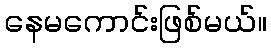
နေမကောင်းဖြစ်မယ်။